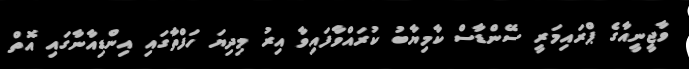
ވާޖީނީއާގެ ޕްރައިމަރީ ސޭންޑާސް ކާމިޔާބު ކުރައްވާފައިވާ އިރު މިދިޔަ ހަފްތާގައި އިންޑިއާނާގައި އޮތް